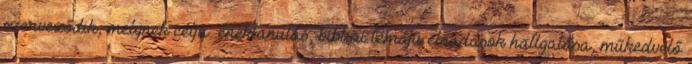
szerveződik, melynek célja: énektanulás, bibliai témájú előadások hallgatása, műkedvelő